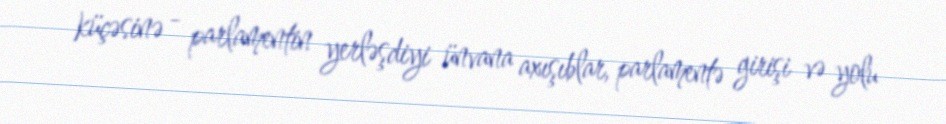
küçəsinə - parlamentin yerləşdiyi ünvana axışıblar, parlamentə girişi və yolu